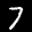
Label: 7